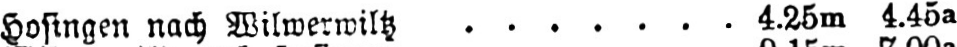
Hofingen nach Wilwerwiltz ....... 4.25m 4.45a